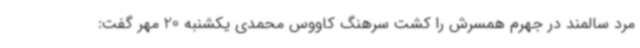
مرد سالمند در جهرم همسرش را کشت سرهنگ کاووس محمدی یکشنبه 20 مهر گفت: